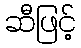
ဆီဖြင့်